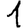
Digit: 1